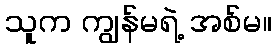
သူက ကျွန်မရဲ့ အစ်မ။